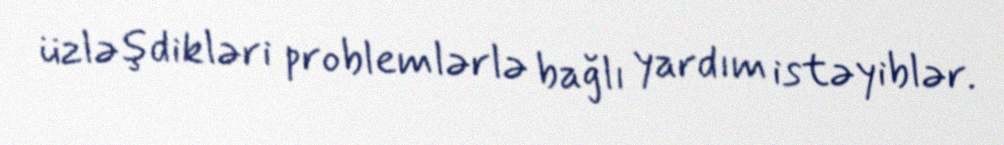
üzləşdikləri problemlərlə bağlı yardım istəyiblər.